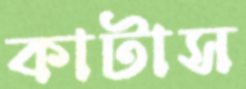
কাটাস